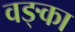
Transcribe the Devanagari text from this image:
वङ्का